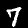
Digit: 7